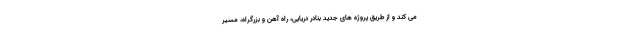
می کند و از طریق پروژه های جدید بنادر دریایی، راه آهن و بزرگراه، مسیر